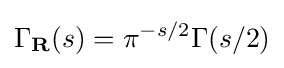
\Gamma _{\mathbf {R} }(s)=\pi ^{-s/2}\Gamma (s/2)